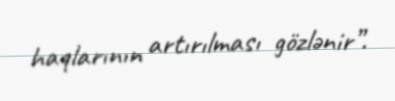
haqlarının artırılması gözlənir”.